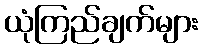
ယုံကြည်ချက်များ